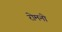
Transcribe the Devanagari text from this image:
रोमनो